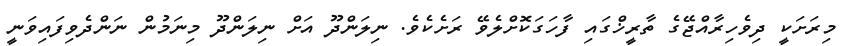
މިރަށަކީ ދިވެހިރާއްޖޭގެ ތާރީޚްގައި ފާހަގަކޮށްލެވޭ ރަށެކެވެ. ނިލަންދޫ އަށް ނިލަންދޫ މިނަމުން ނަންދެވިފައިވަނީ